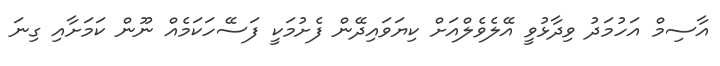
އާސިމް އަހުމަދު ވިދާޅުވީ އޭލެވެލްއަށް ކިޔަވައިދޭން ފެށުމަކީ ފަސޭހަކަމެއް ނޫން ކަމަށާއި ގިނަ